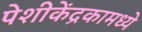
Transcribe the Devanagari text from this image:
पेशीकेंद्रकामध्ये